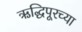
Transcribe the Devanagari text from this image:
ऋद्धिपूरच्या